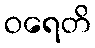
ဝရေတိ